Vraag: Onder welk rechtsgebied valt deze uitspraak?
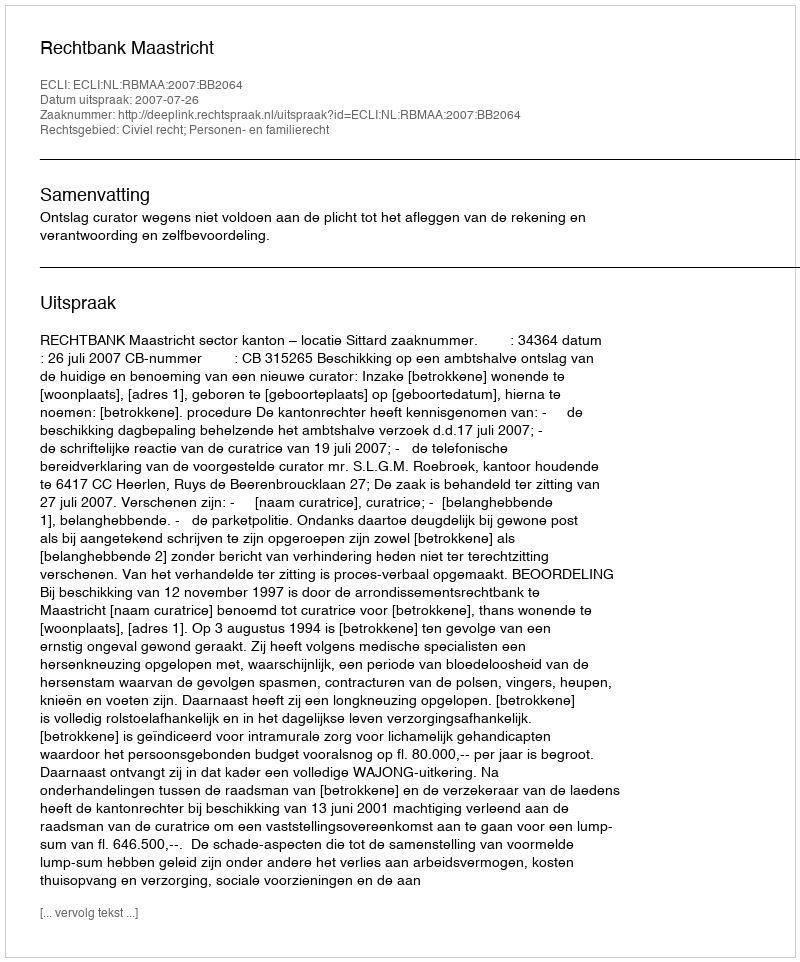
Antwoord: Civiel recht; Personen- en familierecht